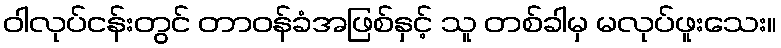
ဝါလုပ်ငန်းတွင် တာဝန်ခံအဖြစ်နှင့် သူ တစ်ခါမှ မလုပ်ဖူးသေး။